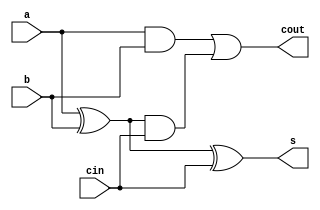
//------
//Exemplo0021
//Andre Campolina
//381217
//-------

//------
//Full Adder
//------

module halfAdder(output s, output cout, input a, input b, input cin);

	wire w1;
	xor XOR1(w1,a,b);
	xor XOR2(s,w1,cin);
	wire w3;
	and AND1(w3,a,b);
	wire w4;
	and AND2(w4,w1,cin);
	or OR1(cout,w3,w4);
	
endmodule


module fullAdder(output[2:0] s,output carryOut, input[2:0]a, input[2:0]b, input carryIn);
	wire w1;
	halfAdder h0(s[0],w1,a[0],b[0],carryIn);
	wire w2;
	halfAdder h1(s[1],w2,a[1],b[1],w1);
	halfAdder h2(s[2],carryOut,a[2],b[2],w2);
endmodule

module test_fullAdder;
reg[2:0] x;
reg[2:0] y;
reg carry;
wire[2:0] soma;
wire cout;

fullAdder f1(soma, cout, x, y, carry);

initial begin
#1 $display("exemplo0021 - Andre Campolina - 381217" );
#1 $display("Full Adder");

x=3'b010;
y=3'b011;
carry = 0;



#4 $display("%3b %3b %b = %3b %b", x, y, carry, soma, cout);

end

endmodule